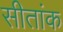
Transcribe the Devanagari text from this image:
सीतांक